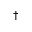
^ \dagger